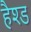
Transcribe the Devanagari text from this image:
हैश्ड